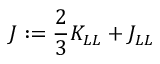
J : = \frac { 2 } { 3 } K _ { L L } + J _ { L L }